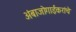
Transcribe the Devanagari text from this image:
अंबाजोगाईकरांचे